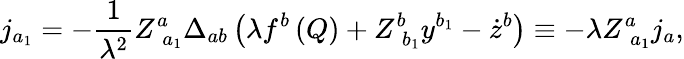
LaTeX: j_{a_{1}}=-\frac 1{\lambda^{2}}Z_{\; a_{1}}^{a}\Delta_{ab}\left(\lambda f^{b}\left(Q\right)+Z_{\; b_{1}}^{b}y^{b_{1}}-\dot{z}^{b}\right)\equiv-\lambda Z_{\; a_{1}}^{a}j_{a},